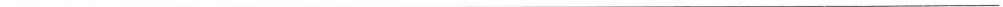
___